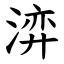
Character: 㴒